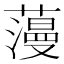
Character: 䕕